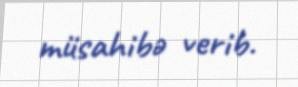
müsahibə verib.